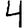
Digit: 4